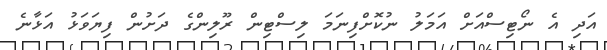
އަދި އެ ނޯޓިސްއަށް އަމަލު ނުކޮށްފިނަމަ ލިސްޓިން ރޫލިންގެ ދަށުން ފިޔަވަޅު އަޅާނެ